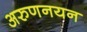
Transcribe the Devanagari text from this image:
अरुणनयन